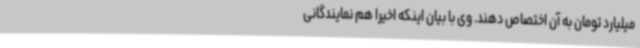
میلیارد تومان به آن اختصاص دهند. وی با بیان اینکه اخیرا هم نمایندگانی